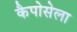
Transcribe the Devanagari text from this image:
कैपोसेला